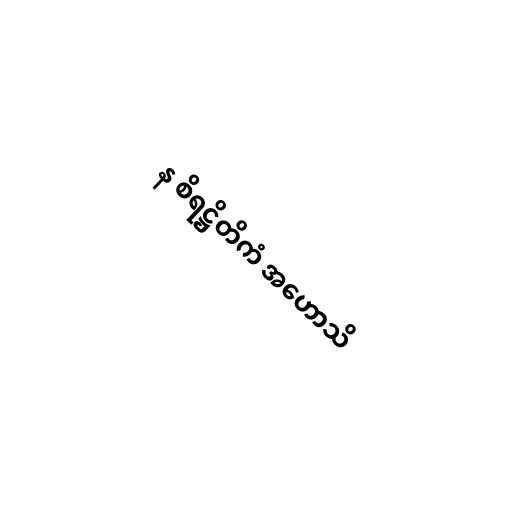
န စိရဋ္ဌိတိကံ အဟောသိ